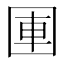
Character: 𪢫